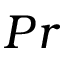
P r